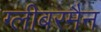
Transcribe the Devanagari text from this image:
ग्लीबरमैन